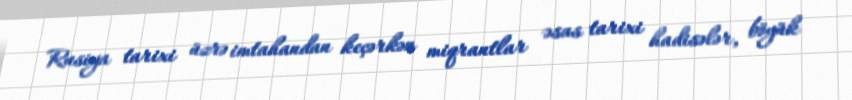
Rusiya tarixi üzrə imtahandan keçərkən miqrantlar əsas tarixi hadisələr, böyük